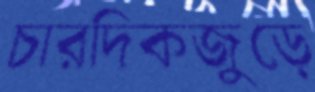
চারদিকজুড়ে